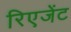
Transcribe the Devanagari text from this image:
रिएजेंट